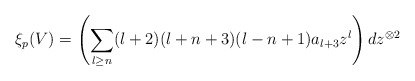
\begin{align*}\xi_p(V) = \left(\sum_{l \ge n}(l+2)(l+n+3)(l-n+1)a_{l+3}z^l\right)dz^{\otimes 2}\end{align*}